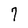
Character: 7